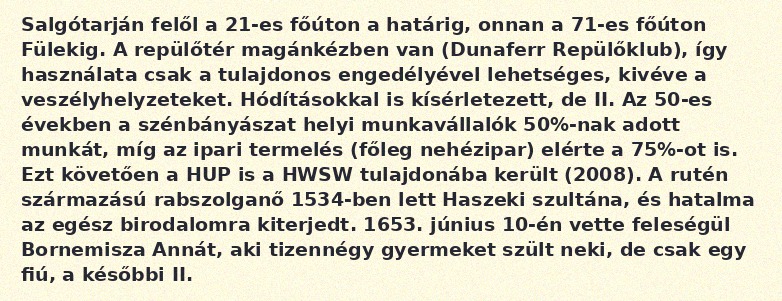
Salgótarján felől a 21-es főúton a határig, onnan a 71-es főúton Fülekig. A repülőtér magánkézben van (Dunaferr Repülőklub), így használata csak a tulajdonos engedélyével lehetséges, kivéve a veszélyhelyzeteket. Hódításokkal is kísérletezett, de II. Az 50-es években a szénbányászat helyi munkavállalók 50%-nak adott munkát, míg az ipari termelés (főleg nehézipar) elérte a 75%-ot is. Ezt követően a HUP is a HWSW tulajdonába került (2008). A rutén származású rabszolganő 1534-ben lett Haszeki szultána, és hatalma az egész birodalomra kiterjedt. 1653. június 10-én vette feleségül Bornemisza Annát, aki tizennégy gyermeket szült neki, de csak egy fiú, a későbbi II.